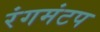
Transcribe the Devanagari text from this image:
रंगमंटप